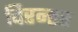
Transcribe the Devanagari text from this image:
चिरन्तर